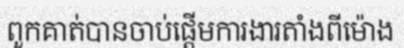
ពួកគាត់បានចាប់ផ្តើមការងារតាំងពីម៉ោង